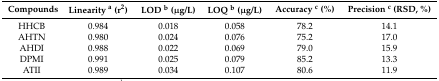
<table><thead><tr><td><b>Compounds</b></td><td><b>Linearity <sup>a</sup> (r<sup>2</sup>)</b></td><td><b>LOD <sup>b</sup> (μg/L)</b></td><td><b>LOQ <sup>b</sup> (μg/L)</b></td><td><b>Accuracy <sup>c</sup> (%)</b></td><td><b>Precision <sup>c</sup> (RSD, %)</b></td></tr></thead><tbody><tr><td>HHCB </td><td>0.984</td><td>0.018</td><td>0.058</td><td>78.2</td><td>14.1</td></tr><tr><td>AHTN </td><td>0.980</td><td>0.024</td><td>0.076</td><td>75.2</td><td>17.0</td></tr><tr><td>AHDI </td><td>0.988</td><td>0.022</td><td>0.069</td><td>79.0</td><td>15.9</td></tr><tr><td>DPMI </td><td>0.991</td><td>0.025</td><td>0.079</td><td>85.2</td><td>13.3</td></tr><tr><td>ATII </td><td>0.989</td><td>0.034</td><td>0.107</td><td>80.6</td><td>11.9</td></tr></tbody></table>